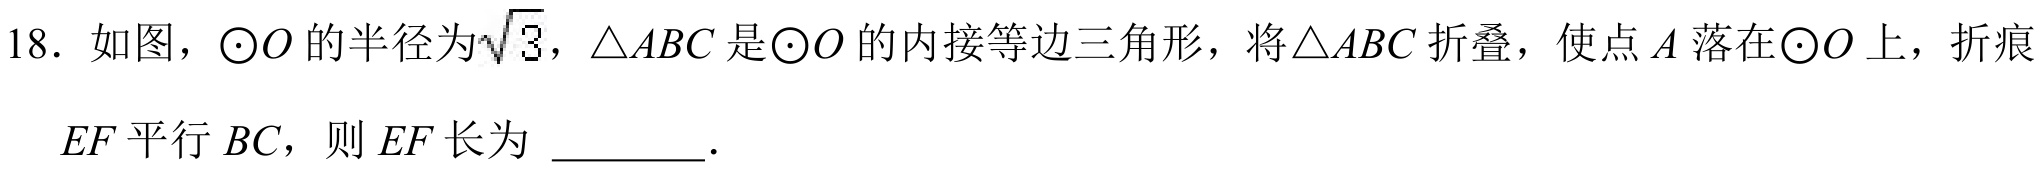
18. 如图，$\odot O$的半径为$\sqrt{3}$，$\triangle ABC$是$\odot O$的内接等边三角形，将$\triangle ABC$折叠，使点$A$落在$\odot O$上，折痕
$EF$平行$BC$，则$EF$长为 \_\_\_\_\_．